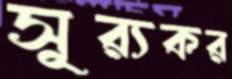
সূর্যকর